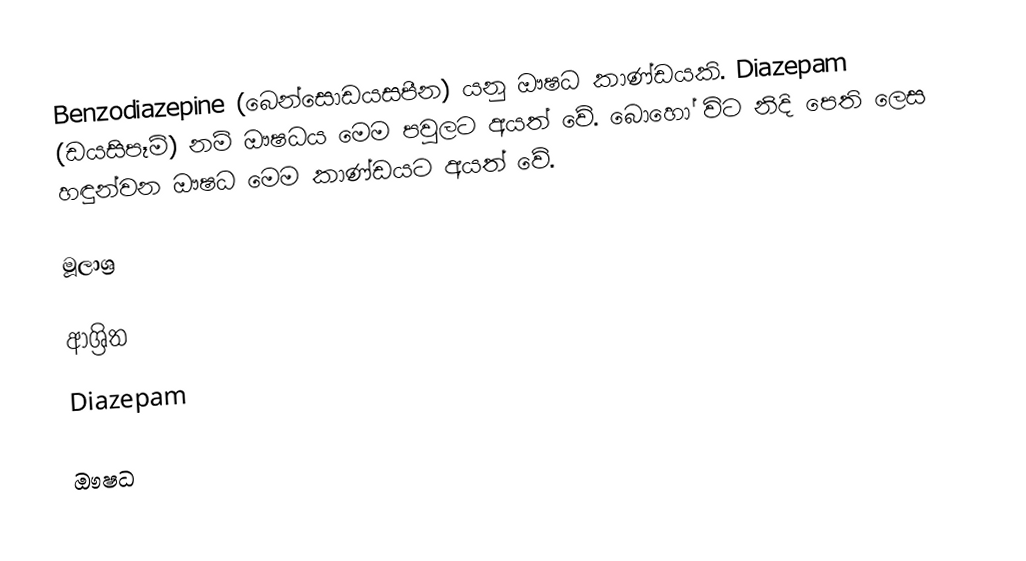
Benzodiazepine (බෙන්සොඩයසපීන) යනු ඖෂධ කාණ්ඩයකි. Diazepam (ඩයසිපෑම්) නම් ඖෂධය මෙම පවුලට අයත් වේ. බොහෝ විට නිදි පෙති ලෙස හඳුන්වන ඖෂධ මෙම කාණ්ඩයට අයත් වේ.

මූලාශ්‍ර

ආශ්‍රිත
 Diazepam

ඖෂධ